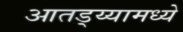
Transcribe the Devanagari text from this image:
आतड्य्यामध्ये